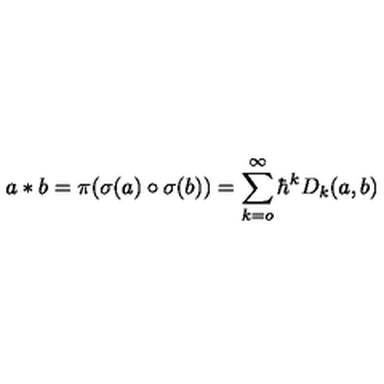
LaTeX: a \ast b = \pi ( \sigma ( a ) \circ \sigma ( b ) ) = \sum _ { k = o } ^ { \infty } \hbar ^ { k } D _ { k } ( a , b ) \,